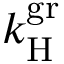
k _ { \mathrm { H } } ^ { \mathrm { g r } }